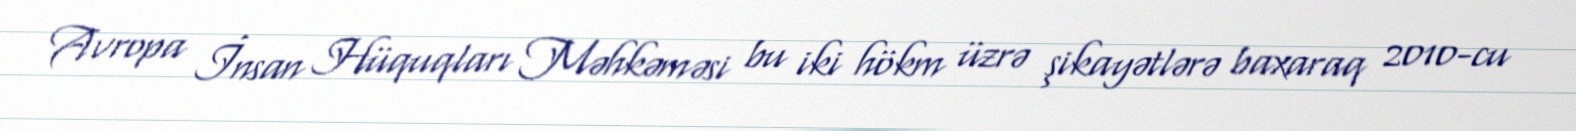
Avropa İnsan Hüquqları Məhkəməsi bu iki hökm üzrə şikayətlərə baxaraq 2010-cu